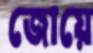
জোয়ে